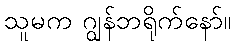
သူမက ဂျွန်ဘရိုက်နော်။